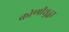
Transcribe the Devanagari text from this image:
कोणीसुद्धा